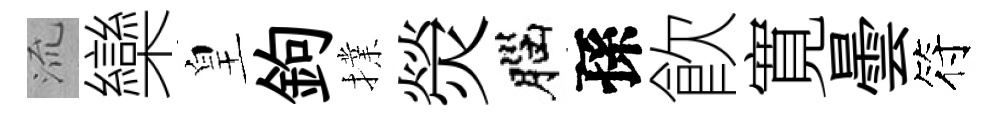
𣴑欒皇鉤擈熒腦孫飮寛曇符